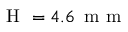
\mathrm { ~ H ~ } = 4 . 6 \, \mathrm { ~ m ~ m ~ }